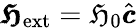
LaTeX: \pmb{\mathfrak{H}}_{\mathrm{{ext}}}=\mathfrak{H}_{0}\hat{{\pmb{c}}}